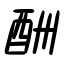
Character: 酬